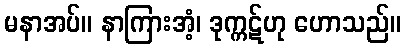
မနာအပ်။ နာကြားအံ့၊ ဒုက္ကဋ်ဟု ဟောသည်။